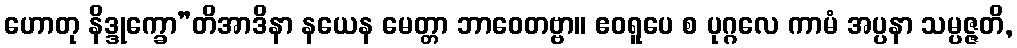
ဟောတု နိဒ္ဒုက္ခော”တိအာဒိနာ နယေန မေတ္တာ ဘာဝေတဗ္ဗာ။ ဧဝရူပေ စ ပုဂ္ဂလေ ကာမံ အပ္ပနာ သမ္ပဇ္ဇတိ,